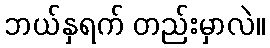
ဘယ်နှရက် တည်းမှာလဲ။